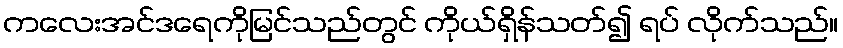
ကလေးအင်ဒရေကိုမြင်သည်တွင် ကိုယ်ရှိန်သတ်၍ ရပ် လိုက်သည်။